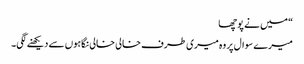
“ میں نے پوچھا
میرے سوال پر وہ میری طرف خالی خالی نگاہوں سے دیکھنے لگی۔